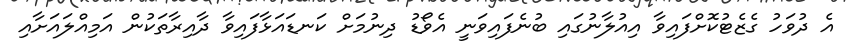
އެ ދުވަހު ގެޒެޓުކޮށްފައިވާ އިއުލާނުގައި ބުނެފައިވަނީ އެވޯޑު ދިނުމަށް ކަނޑައަޅާފައިވާ ދާއިރާތަކުން އަމިއްލައަށާއި